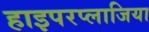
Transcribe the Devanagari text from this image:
हाइपरप्लाजिया